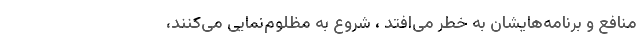
منافع و برنامه‌هایشان به خطر می‌افتد ، شروع به مظلوم‌نمایی می‌کنند،